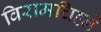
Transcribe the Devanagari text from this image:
विरामचिह्ने